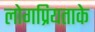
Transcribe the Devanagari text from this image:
लोगप्रियताके